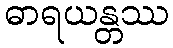
ဓာရယန္တဿ